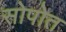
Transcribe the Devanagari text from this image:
सोपोत